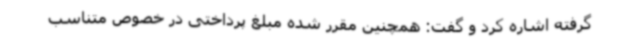
گرفته اشاره کرد و گفت: همچنین مقرر شده مبلغ پرداختی در خصوص متناسب